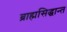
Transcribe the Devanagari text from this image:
ब्राह्मसिद्धान्त